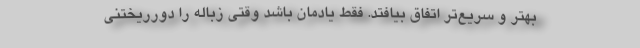
بهتر و سریع‌تر اتفاق بیافتد. فقط یادمان باشد وقتی زباله را دورریختنی